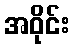
အဝိုင်း